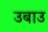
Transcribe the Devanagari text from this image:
उबाउ